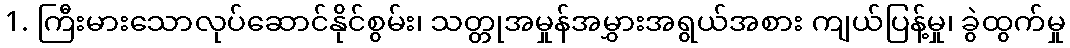
1. ကြီးမားသောလုပ်ဆောင်နိုင်စွမ်း၊ သတ္တုအမှုန်အမွှားအရွယ်အစား ကျယ်ပြန့်မှု၊ ခွဲထွက်မှု